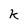
Character: k